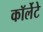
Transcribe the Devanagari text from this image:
कॉर्लेटे